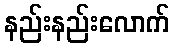
နည်းနည်းလောက်